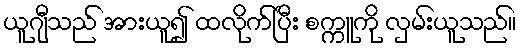
ယူဂျီသည် အားယူ၍ ထလိုက်ပြီး စက္ကူကို လှမ်းယူသည်။